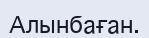
Алынбаған.